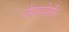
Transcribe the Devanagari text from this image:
सेवाण्डेर्सोन